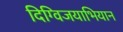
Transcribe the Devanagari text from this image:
दिग्विजयाभियान